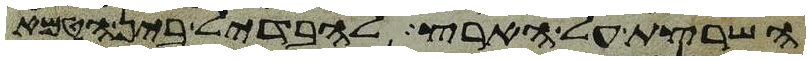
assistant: השרצת על הארץ להבדיל בין הטמא